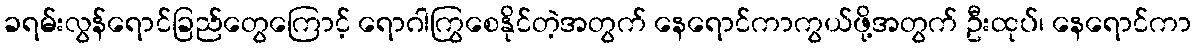
ခရမ်းလွန်ရောင်ခြည်တွေကြောင့် ရောဂါကြွစေနိုင်တဲ့အတွက် နေရောင်ကာကွယ်ဖို့အတွက် ဦးထုပ်၊ နေရောင်ကာ